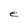
Character: e